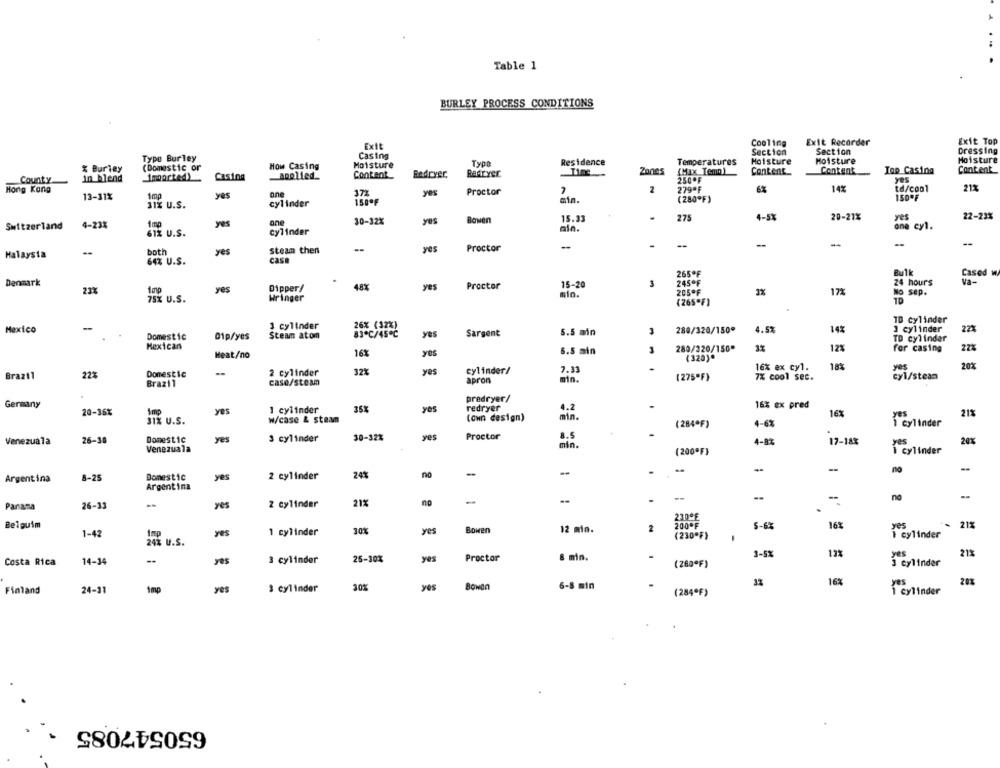
Table 1
BURLEY PROCESS CONDITIONS
Exit
Cooling
Exit Recorder
Exit Top
Casing
Section
Section
Dressing
Typo Burley
Type
Residence
Temperatures
Moisture
Moisture
Moisture
% Burley
(Domestic or
How Casing
Moisture
(Max Temp )
Iop Casing
Content
in blend
Imported)
Casing
Applied_
Content_
Bedryer,
Redryer
Zones
250OF
Content
Content
County
Hong Kong
one
177
yes
Proctor
279ªF
142
td/cool
21%
13-31%
1mp
yes
(280ºF)
31% U.S.
cylinder
150OF
.
275
20-21%
22-23%
yes
one
30-32%
yes
lowen
15.33
4-5%
yes
Switzerland
4-23%
cylinder
aln.
one cyl.
61% U.S.
-
.
--
--
both
yes
steam then
yes
Proctor
Malaysia
64% U.S.
casa
265ºF
Bulk
Cased w
Denmark
15-20
3
245ºF
24 hours
va-
23%
yes
Dipper/
48%
yes
Proctor
205OF
1%
172
lo sep.
75x U.S.
Wringer
(265"F)
TD Cylinder
Mexico
-
3 cylinder
26X (12%)
5.5 min
288/320/150*
4.5%
14%
3 cylinder
222
Domestic
01p/yes
Steam atom
yes
Sargent
TD cylinder
Mexican
27%
Heat/no
16%
yes
6.5 min
280/320/150"
3%
12%
for casing
(320)*
cylinder/
16% ex cyl.
18%
yes
20%
Brazil
22%
Domestic
2 cylinder
32%
yes
7.33
(275ºF)
7% cool sec.
cyl/steam
Brazil
case/steam
apron
min.
predryer/
Germany
35%
redryer
4.2
16% ex pred
20-36%
1mp
yes
1 cylinder
min.
16%
21%
SIX U.S.
w/case & steam
(own design)
(284ºF)
4-6%
1 Cylinder
Domestic
yes
3 cylinder
30-32%
yes
Proctor
8.5
Venezuala
26-30
min.
4-8%
17-18%
yes
20%
Venezuala
(200ºF}
1 cylinder
-
no
8-25
Domestic
yes
2 cylinder
24%
Argentina
Argentina
--
na
Parasa
26-33
yes
2 cylinder
21%
230*E
Belguim
30%
yes
Bowen
12 min.
200ºF
5-6%
16%
yes
- 21%
1-42
Imp
yes
1 cylinder
(230"F)
cylinder
24% U.S.
3-5%
12%
21%
14-34
-.
yes
3 cylinder
25-30%
yes
Proctor
& min.
Costa Rica
(260ºF)
cylinder
16%
20%
Finland
24-31
1mp
yes
$ cylinder
30%
yes
6-8 min
(284"F)
i cylinder
650547085